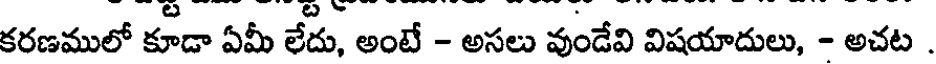
కరణములో కూడా ఏమీ లేదు, అంటే - అసలు వుండేవి విషయాదులు, - అచట .